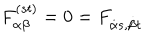
F _ { \alpha \beta } ^ { ( s t ) } = 0 = F _ { { \dot { \alpha } } s , { \dot { \beta } } t }